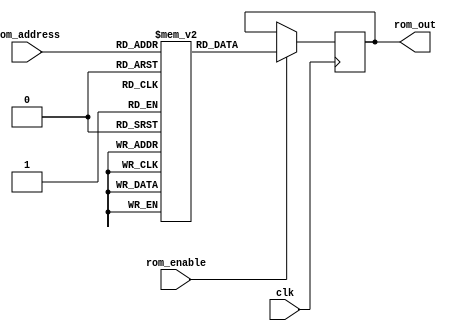
module ROM(clk, rom_enable, rom_address, rom_out);

parameter data_size=36;
parameter address_size=8;
parameter mem_size=(2**address_size);

input clk, rom_enable;
input [address_size-1:0]rom_address;

output [data_size-1:0]rom_out;

reg [data_size-1:0]rom_out;

// internal
reg [data_size-1:0]ROM_REG[mem_size-1:0];

// for test
wire [data_size-1:0]ROM_REG_0 = ROM_REG[0];
wire [data_size-1:0]ROM_REG_1 = ROM_REG[1];
wire [data_size-1:0]ROM_REG_2 = ROM_REG[2];
wire [data_size-1:0]ROM_REG_3 = ROM_REG[3];
wire [data_size-1:0]ROM_REG_4 = ROM_REG[4];


always@(posedge clk)begin
  if(rom_enable)begin
      rom_out<=ROM_REG[rom_address];
      #1; // FIXME: workaround for time delay
  end
end

endmodule